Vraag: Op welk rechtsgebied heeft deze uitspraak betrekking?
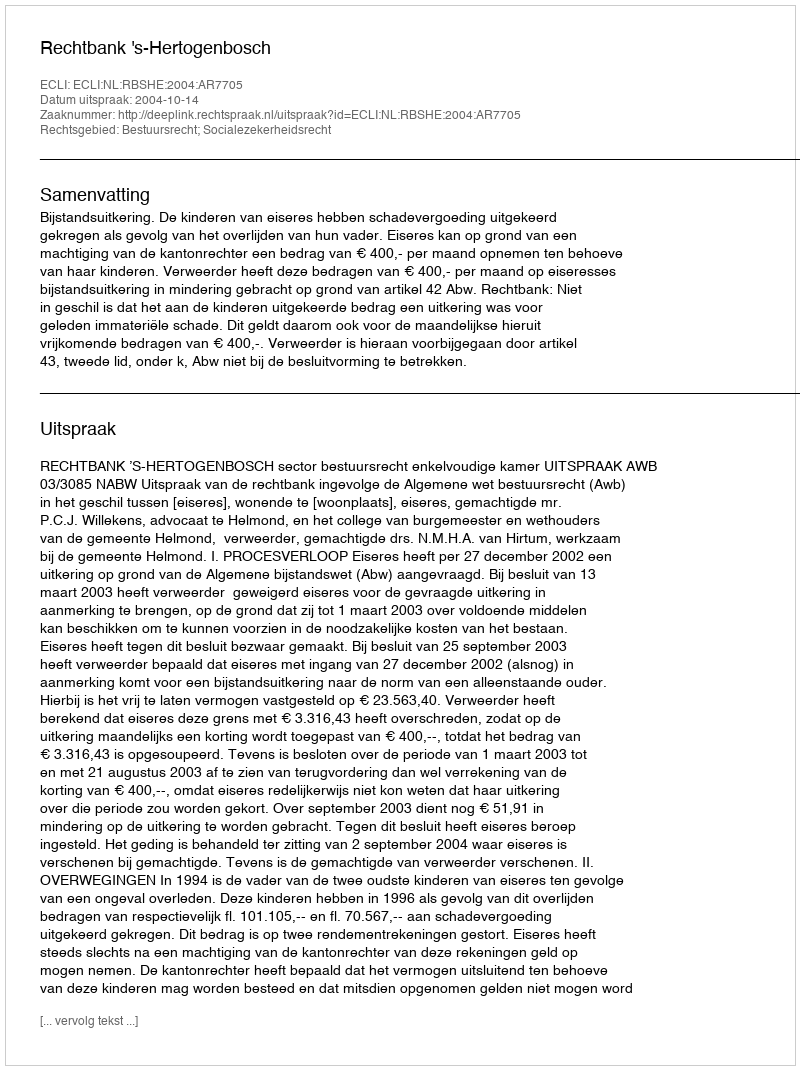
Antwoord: Bestuursrecht; Socialezekerheidsrecht